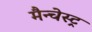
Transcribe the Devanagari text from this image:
मैन्चेस्ट्र